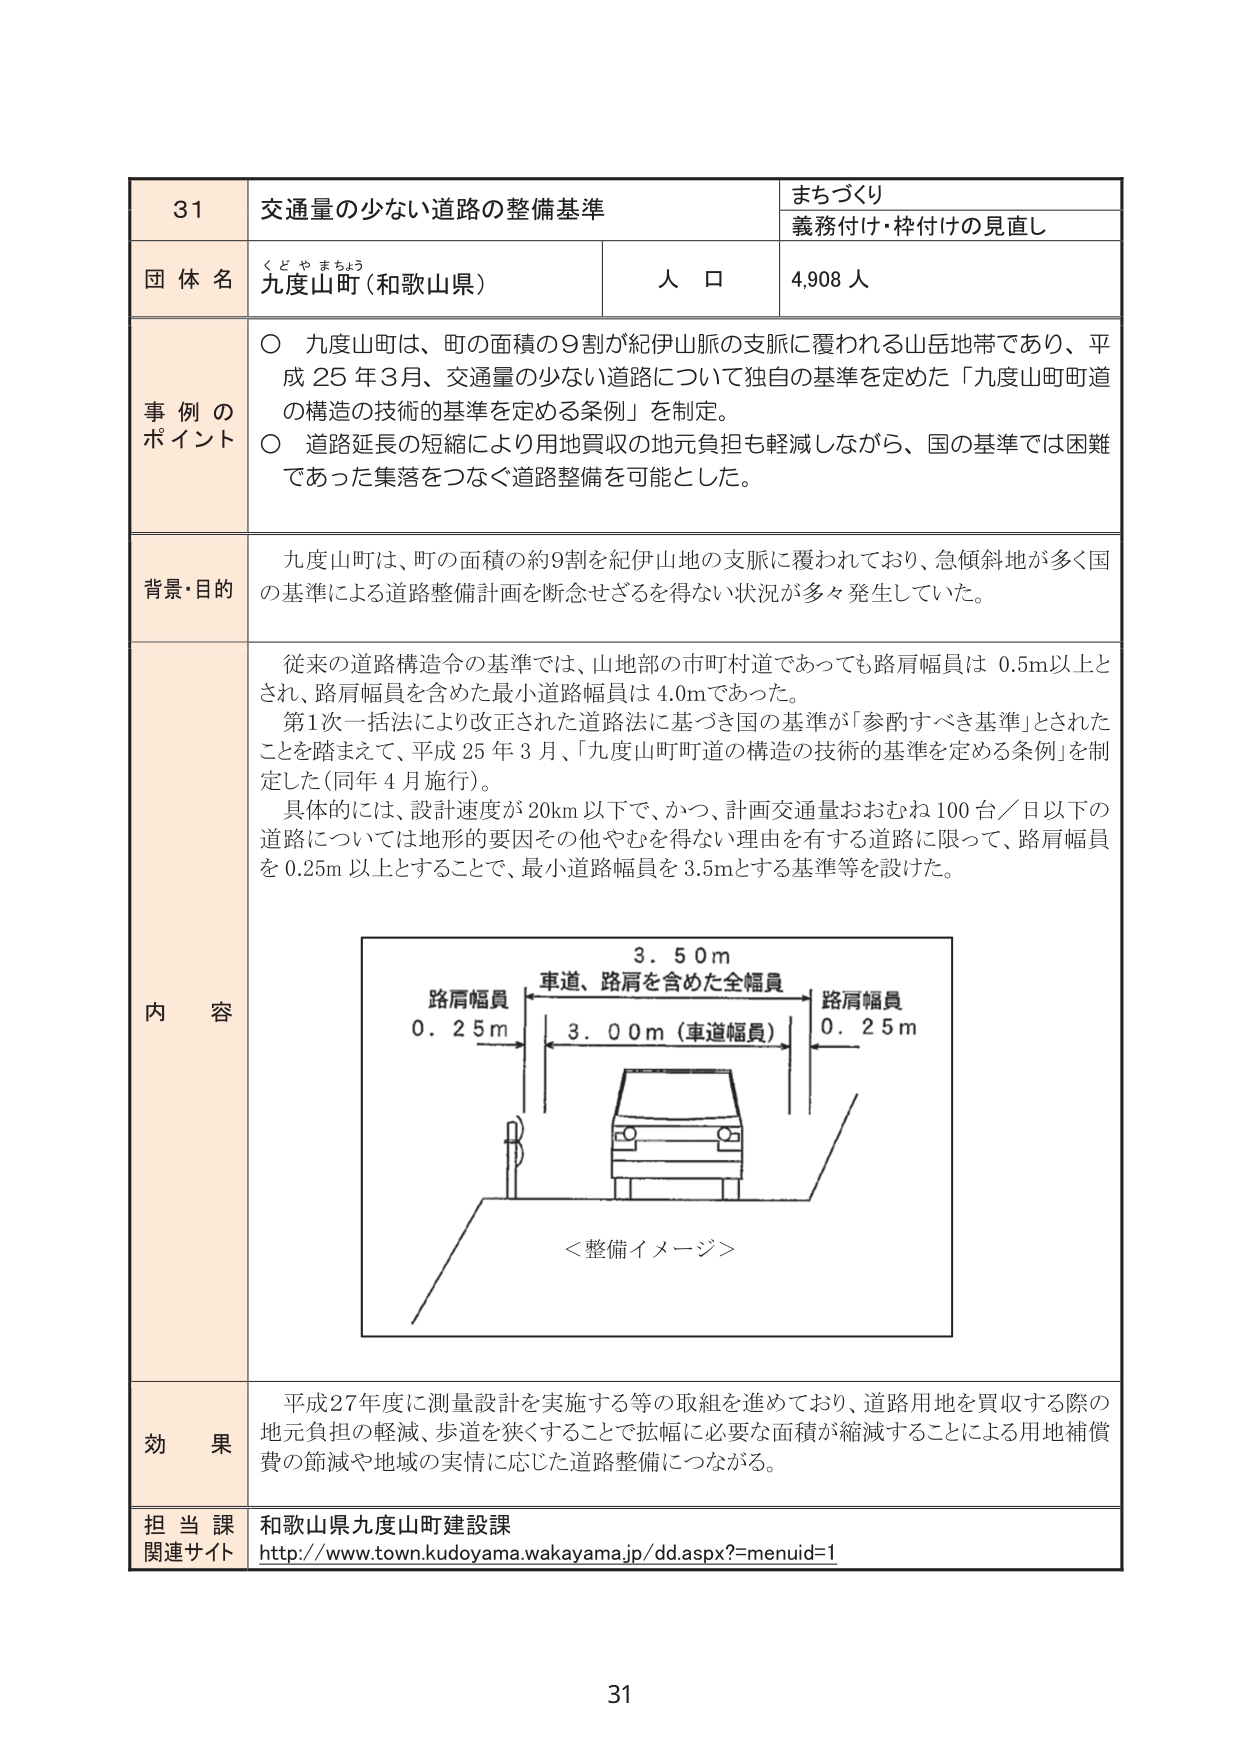
31
交通量の少ない道路の整備基準
まちづくり
義務付け・枠付けの見直し
団体名
九度山町（和歌山県）
人口
4,908人
事例のポイント
〇 九度山町は、町の面積の9割が紀伊山脈の支脈に覆われる山岳地帯であり、平成25年3月、交通量の少ない道路について独自の基準を定めた「九度山町町道の構造の技術的基準を定める条例」を制定。
〇 道路延長の短縮により用地買収の地元負担も軽減しながら、国の基準では困難であった集落をつなぐ道路整備を可能とした。
背景・目的
九度山町は、町の面積の約9割を紀伊山地の支脈に覆われており、急傾斜地が多く国の基準による道路整備計画を断念せざるを得ない状況が多々発生していた。
内容
従来の道路構造令の基準では、山地部の市町村道であっても路肩幅員は0.5m以上とされ、路肩幅員を含めた最小道路幅員は4.0mであった。
第1次一括法により改正された道路法に基づき国の基準が「参酌すべき基準」とされたことを踏まえて、平成25年3月、「九度山町町道の構造の技術的基準を定める条例」を制定した（同年4月施行）。
具体的には、設計速度が20km以下で、かつ、計画交通量おおむね100台／日以下の道路については地形的要因その他やむを得ない理由を有する道路に限って、路肩幅員を0.25m以上とすることで、最小道路幅員を3.5mとする基準等を設けた。
3.50m
車道、路肩を含めた全幅員
路肩幅員
0.25m
3.00m（車道幅員）
路肩幅員
0.25m
＜整備イメージ＞
効果
平成27年度に測量設計を実施する等の取組を進めており、道路用地を買収する際の地元負担の軽減、歩道を狭くすることで拡幅に必要な面積が縮減することによる用地補償費の節減や地域の実情に応じた道路整備につながる。
担当課
和歌山県九度山町建設課
関連サイト
http://www.town.kudoyama.wakayama.jp/dd.aspx?menuid=1
31